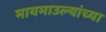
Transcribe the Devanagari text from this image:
मायमाउल्यांच्या